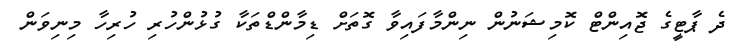
ދެ ޕާޓީގެ ޖޮއިންޓް ކޮމިޝަނުން ނިންމާފައިވާ ގޮތަށް ޑިމާންޑްތަކާ ގުޅުންހުރި ހުރިހާ މިނިވަން